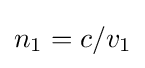
n_{1}=c/v_{1}